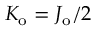
K _ { \mathrm { o } } = J _ { \mathrm { o } } / 2